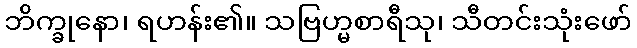
ဘိက္ခုနော၊ ရဟန်း၏။ သဗြဟ္မစာရီသု၊ သီတင်းသုံးဖော်